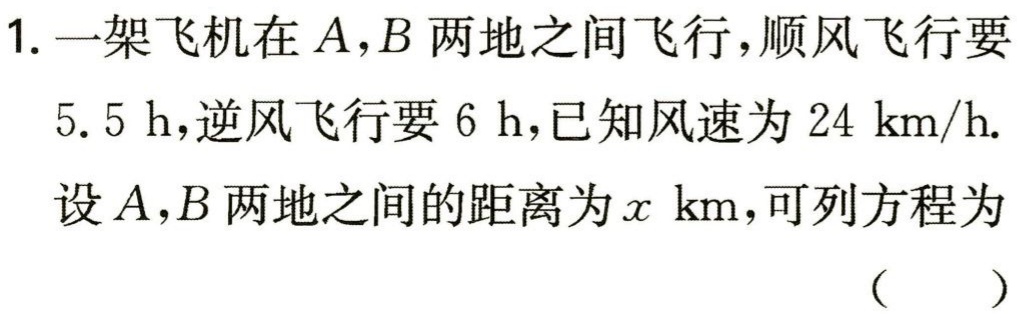
1. 一架飞机在\(A,B\)两地之间飞行，顺风飞行要\(5.5\ h\)，逆风飞行要\(6\ h\)，已知风速为\(24\ km/h\).
设\(A,B\)两地之间的距离为\(x\ km\)，可列方程为
（  ）